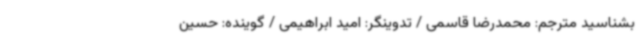
بشناسید مترجم: محمدرضا قاسمی / تدوینگر: امید ابراهیمی / گوینده: حسین